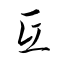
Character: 氐